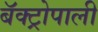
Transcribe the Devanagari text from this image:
बॅक्ट्रोपाली